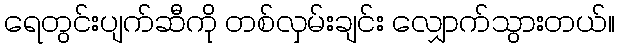
ရေတွင်းပျက်ဆီကို တစ်လှမ်းချင်း လျှောက်သွားတယ်။